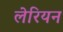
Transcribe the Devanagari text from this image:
लेरियन